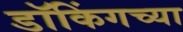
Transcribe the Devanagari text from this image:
डॉकिंगच्या